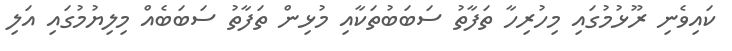
ކައިވެނި ރޫޅުމުގައި މިހުރިހާ ތަފާތު ސަބަބުތަކާއި މުޅިން ތަފާތު ސަބަބެއް މިލިޔުމުގައި އަލި